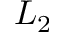
L _ { 2 }